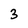
Character: 3